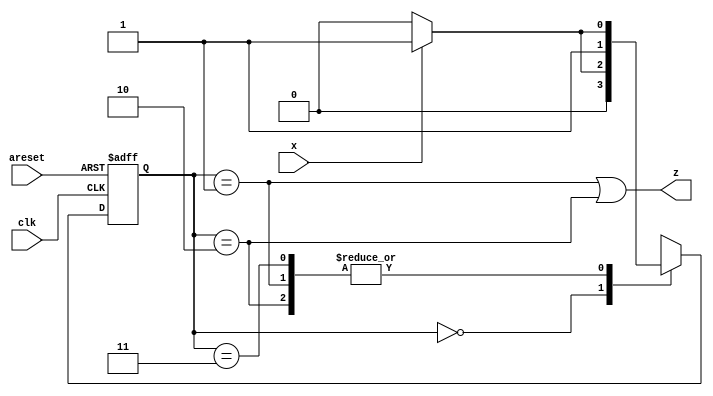
module top_module (
    input clk,
    input areset,
    input x,
    output z
); 

    parameter IDLE = 0 , S0 = 1 , S1 = 2 , S2 = 3 ;
    reg [1:0] cstate , nstate ;
    
    always @(posedge clk or posedge areset) begin
        if(areset) begin
            cstate <= IDLE ;
        end
        else begin
            cstate <= nstate ;
        end
    end
    
    always @(*) begin
        case(cstate)
            IDLE : nstate = x ? S0 : IDLE ;
            S0   : nstate = x ? S2 : S1 ;
            S1   : nstate = x ? S2 : S1 ;
            S2   : nstate = x ? S2 : S1 ; 
        endcase  
    end
    
    assign z = (cstate == S0 || cstate == S1) ;
    
    
    
endmodule